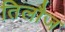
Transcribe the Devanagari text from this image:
तिलौज